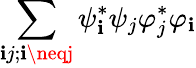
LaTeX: \sum_{\mathbf{i}j;\mathbf{i}\neqj}\psi_{\mathbf{i}}^{*}\psi_{j}\varphi_{j}^{*}\varphi_{\mathbf{i}}